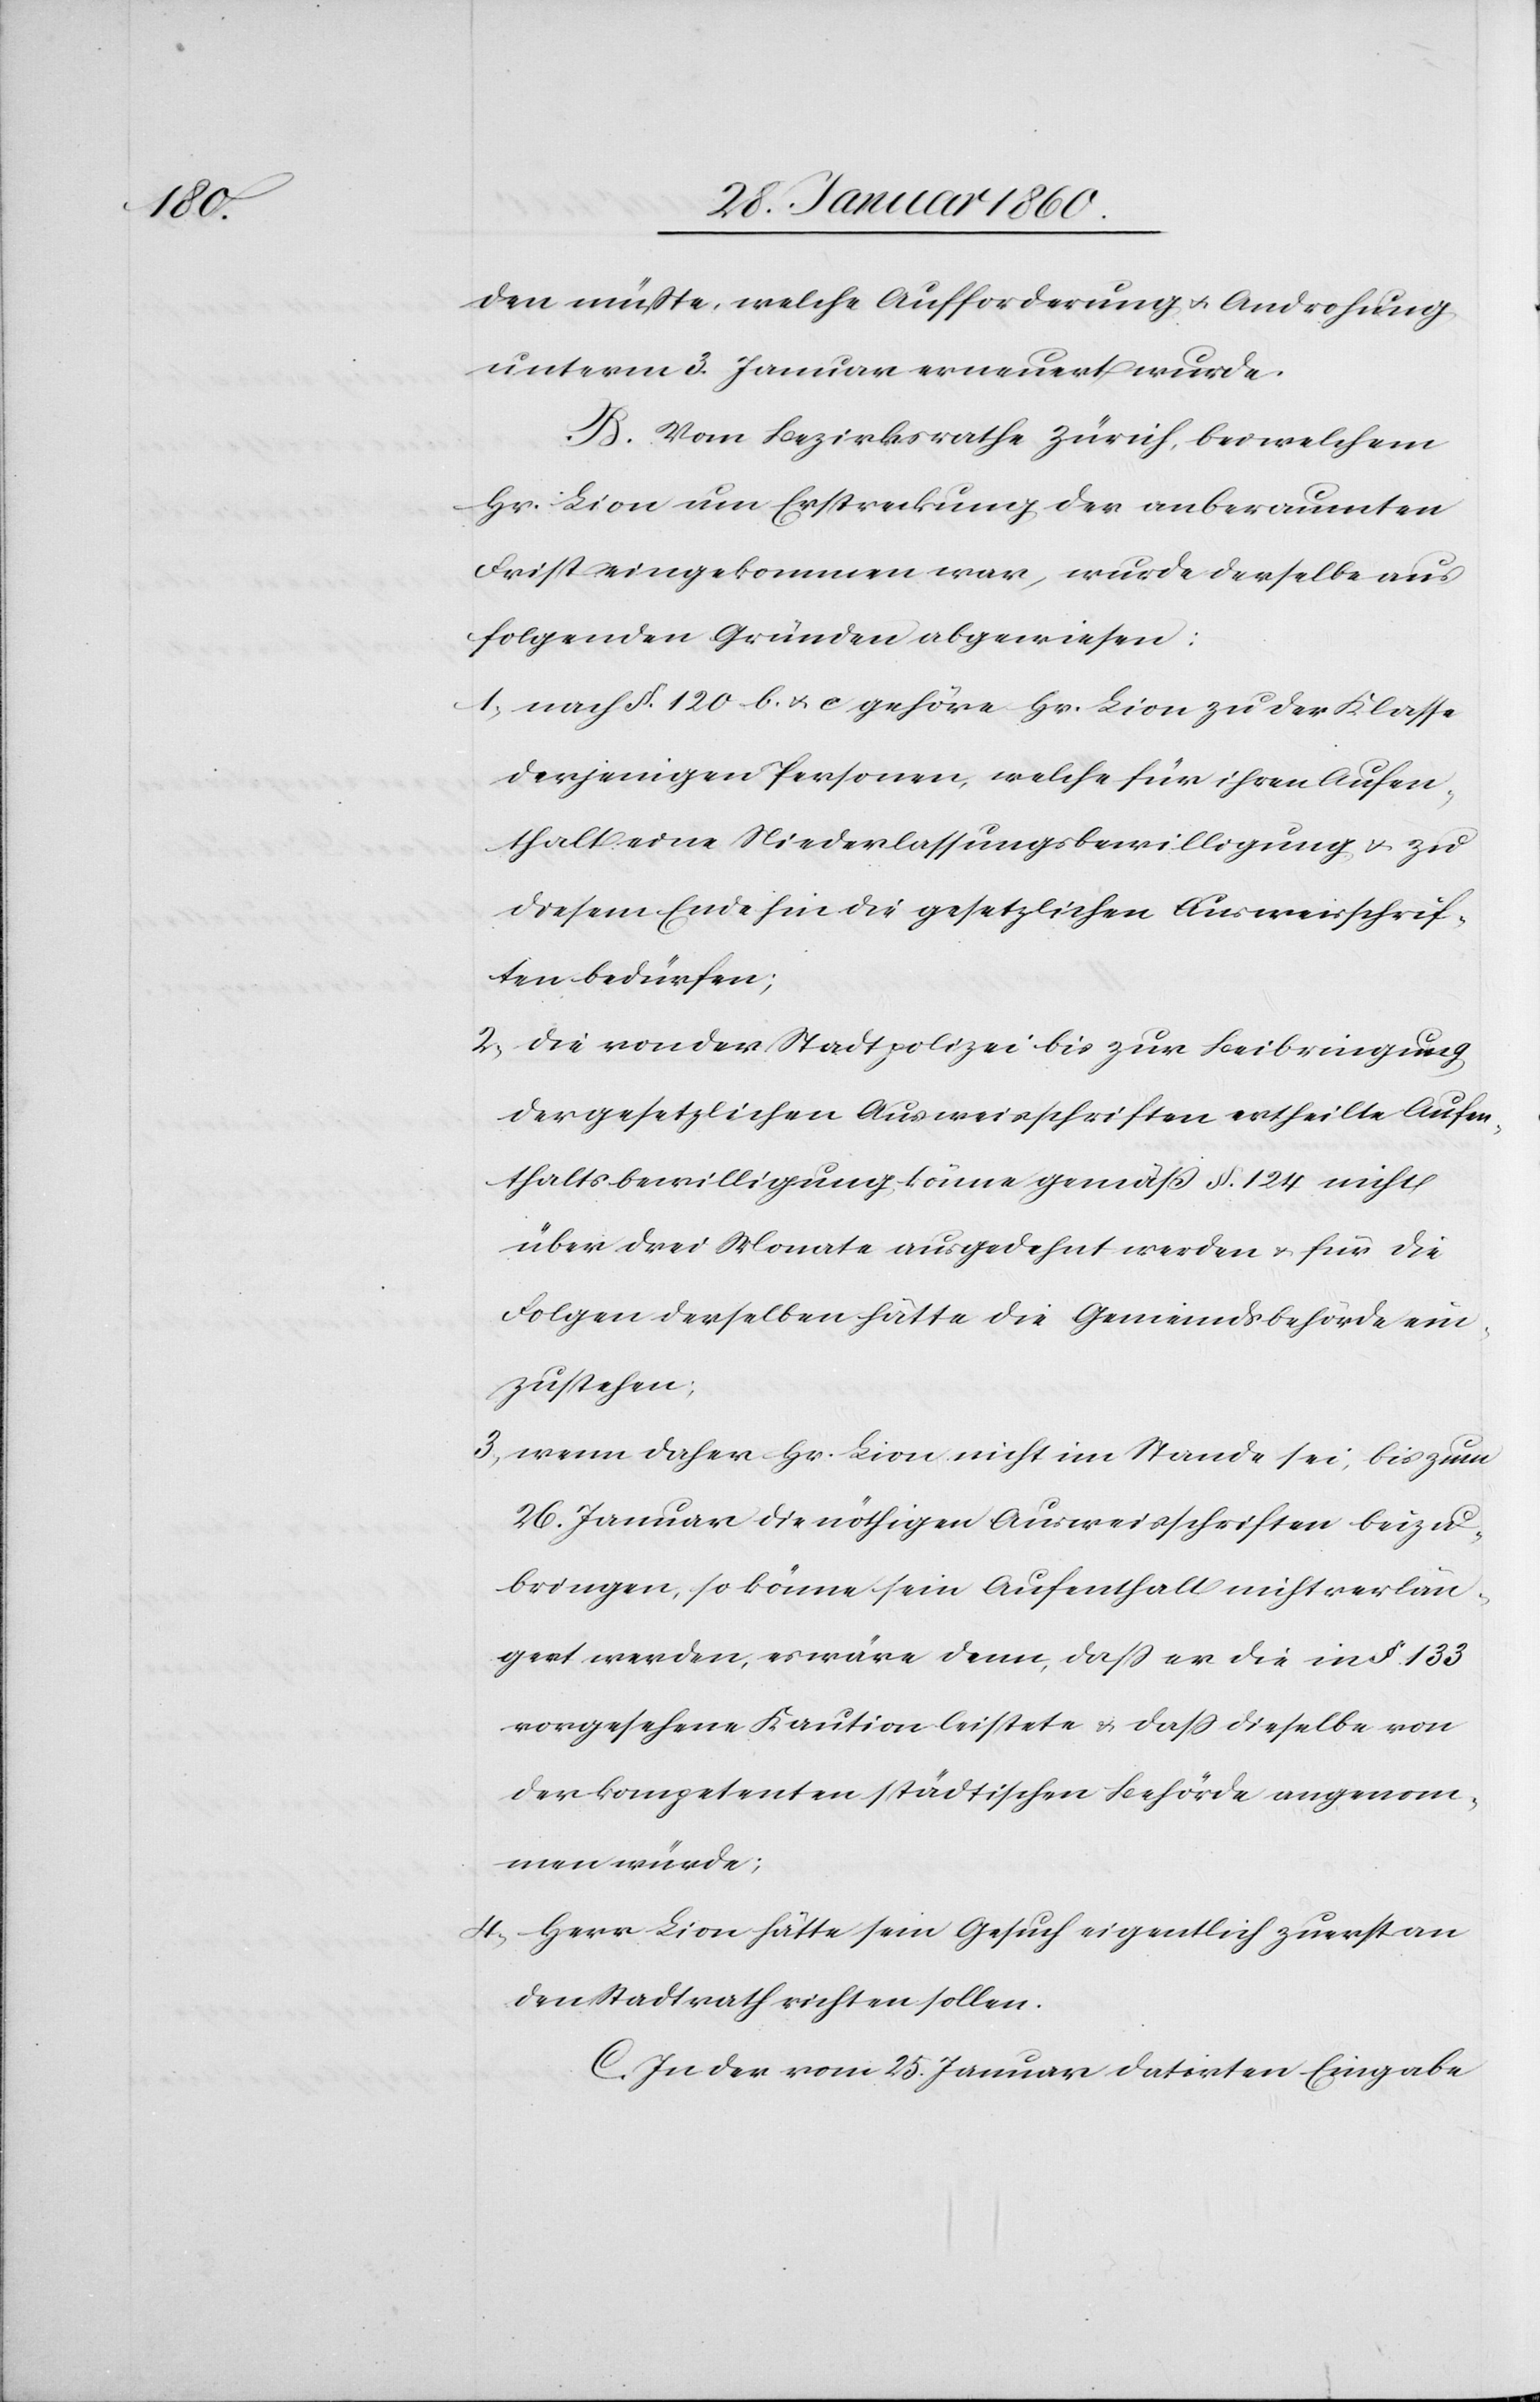
den müsste, welche Aufforderung u. Androhung
unterm 3. Januar erneuert wurde.
B. Vom Bezirksrathe Zürich, bei welchem
Hr. Lion um Erstreckung der anberaumten
Frist eingekommen war, wurde derselbe aus
folgenden Gründen abgewiesen:
1. nach §. 120. b. u. c. gehöre Hr. Lion zu der Klasse
derjenigen Personen, welche für ihren Aufen¬
thalt eine Niederlassungsbewilligung u. zu
diesem Ende hin die gesetzlichen Ausweisschrif¬
ten bedürfen.
2. die von der Stadtpolizei bis zur Beibringung
der gesetzlichen Ausweisschriften ertheilte Aufen¬
thaltsbewilligung, könne gemäss §. 124. nicht
über drei Monate ausgedehnt werden u. für die
Folgen derselben hätte die Gemeindsbehörde ein¬
zustehen.
3. wenn daher Hr. Lion nicht im Stande sei, bis zum
26. Januar die nöthigen Ausweisschriften beizu¬
bringen, so könne sein Aufenthalt nicht verlän¬
gert werden, es wäre denn, dass er die in §. 133.
vorgesehene Kaution leistete u. dass dieselbe von
der kompetenten städtischen Behörde angenom¬
men würde;
4. Herr Lion hätte sein Gesuch eigentlich zuerst an
den Stadtrath richten sollen.
C. In der vom 25. Januar datirten Eingabe